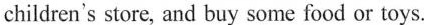
children's store, and buy some food or toys.